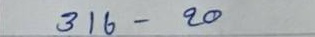
316 - 20